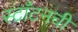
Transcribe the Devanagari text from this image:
स्टाँटनची